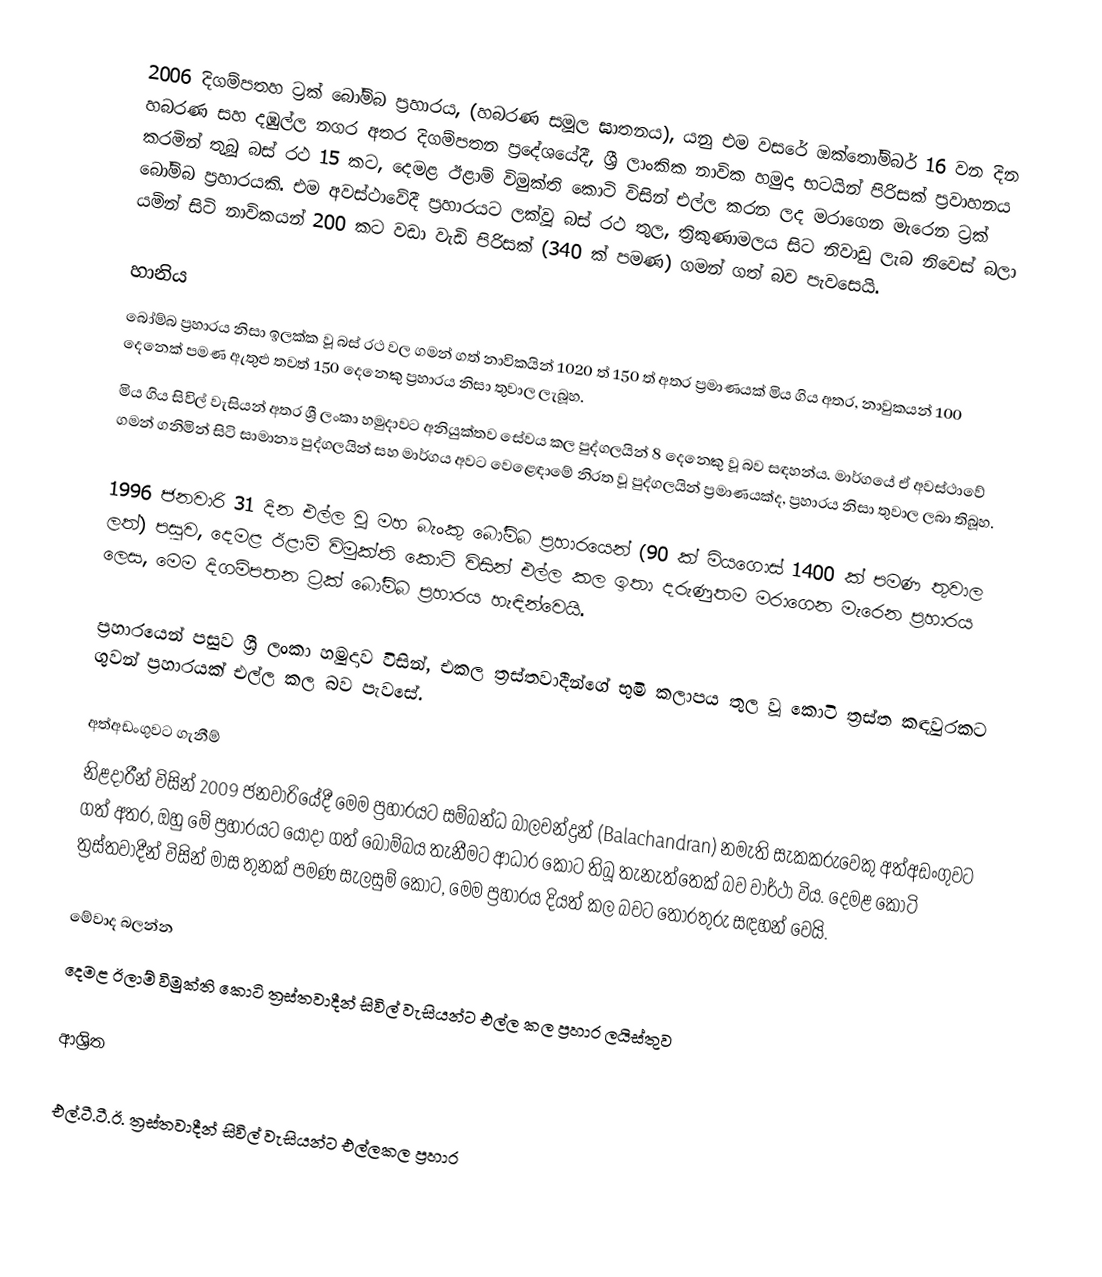
2006 දිගම්පතහ ට්‍රක් බෝම්බ ප්‍රහාරය, (හබරණ සමූල ඝාතනය), යනු එම වසරේ ඔක්තෝම්බර් 16 වන දින හබරණ සහ දඹුල්ල නගර අතර දිගම්පතන ප්‍රදේශයේදී, ශ්‍රී ලාංකික නාවික හමුදා භටයින් පිරිසක් ප්‍රවාහනය කරමින් තුබූ බස් රථ 15 කට, දෙමළ ඊළාම් විමුක්ති කොටි විසින් එල්ල කරන ලද මරාගෙන මැරෙන ට්‍රක් බෝම්බ ප්‍රහාරයකි. එම අවස්ථාවේදී ප්‍රහාරයට ලක්වූ බස් රථ තුල, ත්‍රිකුණාමලය සිට නිවාඩු ලැබ නිවෙස් බලා යමින් සිටි නාවිකයන් 200 කට වඩා වැඩි පිරිසක් (340 ක් පමණ) ගමන් ගත් බව පැවසෙයි.

හානිය
බෝම්බ ප්‍රහාරය නිසා ඉලක්ක වූ බස් රථ වල ගමන් ගත් නාවිකයින් 1020 ත් 150 ත් අතර ප්‍රමාණයක් මිය ගිය අතර, නාවුකයන් 100 දෙනෙක් පමණ ඇතුළු තවත් 150 දෙනෙකු ප්‍රහාරය නිසා තුවාල ලැබූහ.
මිය ගිය සිවිල් වැසියන් අතර ශ්‍රී ලංකා හමුදාවට අනියුක්තව සේවය කල පුද්ගලයින් 8 දෙනෙකු වූ බව සඳහන්ය. මාර්ගයේ ඒ අවස්ථාවේ ගමන් ගනිමින් සිටි සාමාන්‍ය පුද්ගලයින් සහ මාර්ගය අවට වෙළෙඳාමේ නිරත වූ පුද්ගලයින් ප්‍රමාණයක්ද, ප්‍රහාරය නිසා තුවාල ලබා තිබූහ.

1996 ජනවාරි 31 දින එල්ල වූ මහ බැංකු බෝම්බ ප්‍රහාරයෙන් (90 ක් මියගොස් 1400 ක් පමණ තුවාල ලත්) පසුව, දෙමළ ඊළාම් විමුක්ති කොටි විසින් එල්ල කල ඉතා දරුණුතම මරාගෙන මැරෙන ප්‍රහාරය ලෙස, මෙම දිගම්පතන ට්‍රක් බෝම්බ ප්‍රහාරය හැඳින්වෙයි.

ප්‍රහාරයෙන් පසුව ශ්‍රී ලංකා හමුදාව විසින්, එකල ත්‍රස්තවාදීන්ගේ භුමි කලාපය තුල වූ කොටි ත්‍රස්ත කඳවුරකට ගුවන් ප්‍රහාරයක් එල්ල කල බව පැවසේ.

අත්අඩංගුවට ගැනීම්
නිළදාරීන් විසින් 2009 ජනවාරියේදී මෙම ප්‍රහාරයට සම්බන්ධ බාලචන්ද්‍රන් (Balachandran) නමැති සැකකරුවෙකු අත්අඩංගුවට ගත් අතර, ඔහු මේ ප්‍රහාරයට යොදා ගත් බෝම්බය තැනීමට ආධාර කොට තිබූ තැනැත්තෙක් බව වාර්ථා විය. දෙමළ කොටි ත්‍රස්තවාදීන් විසින් මාස තුනක් පමණ සැලසුම් කොට, මෙම ප්‍රහාරය දියත් කල බවට තොරතුරු සඳහන් වෙයි.

මේවාද බලන්න
 දෙමළ ඊලාම් විමුක්ති කොටි ත්‍රස්තවාදීන් සිවිල් වැසියන්ට එල්ල කල ප්‍රහාර ලයිස්තුව

ආශ්‍රිත

එල්.ටී.ටී.ඊ. ත්‍රස්තවාදීන් සිවිල් වැසියන්ට එල්ලකල ප්‍රහාර